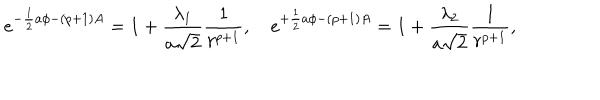
e ^ { - { \frac { 1 } { 2 } } a \phi - ( p + 1 ) A } = 1 + { \frac { \lambda _ { 1 } } { a \sqrt { 2 } } } { \frac { 1 } { r ^ { p + 1 } } } , e ^ { + { \frac { 1 } { 2 } } a \phi - ( p + 1 ) A } = 1 + { \frac { \lambda _ { 2 } } { a \sqrt { 2 } } } { \frac { 1 } { r ^ { p + 1 } } } ,